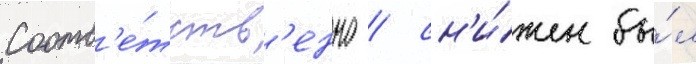
Соотв'е́тств'енно / сн'и́жен бы́л